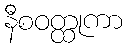
နီစဝတ္ထုကာ